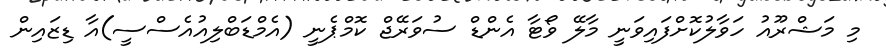
މި މަޝްރޫއު ހަވާލުކޮށްފައިވަނީ މާލޭ ވޯޓާ އެންޑް ސުވަރޭޖް ކޮމްޕެނީ (އެމްޑަބްލިއުއެސްސީ)އާ ޑިޒައިން